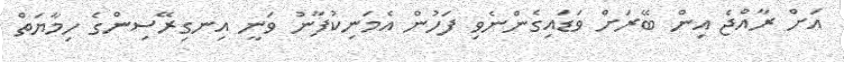
އަށް ރާއްޖެ އިން ބޭރަށް ވަޑައިގެންނެވި ފަހުން އެމަނިކުފާނު ވަނީ އިނގިރޭސިންގެ ހިމާޔަތް